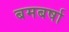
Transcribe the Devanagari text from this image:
बमबर्षा